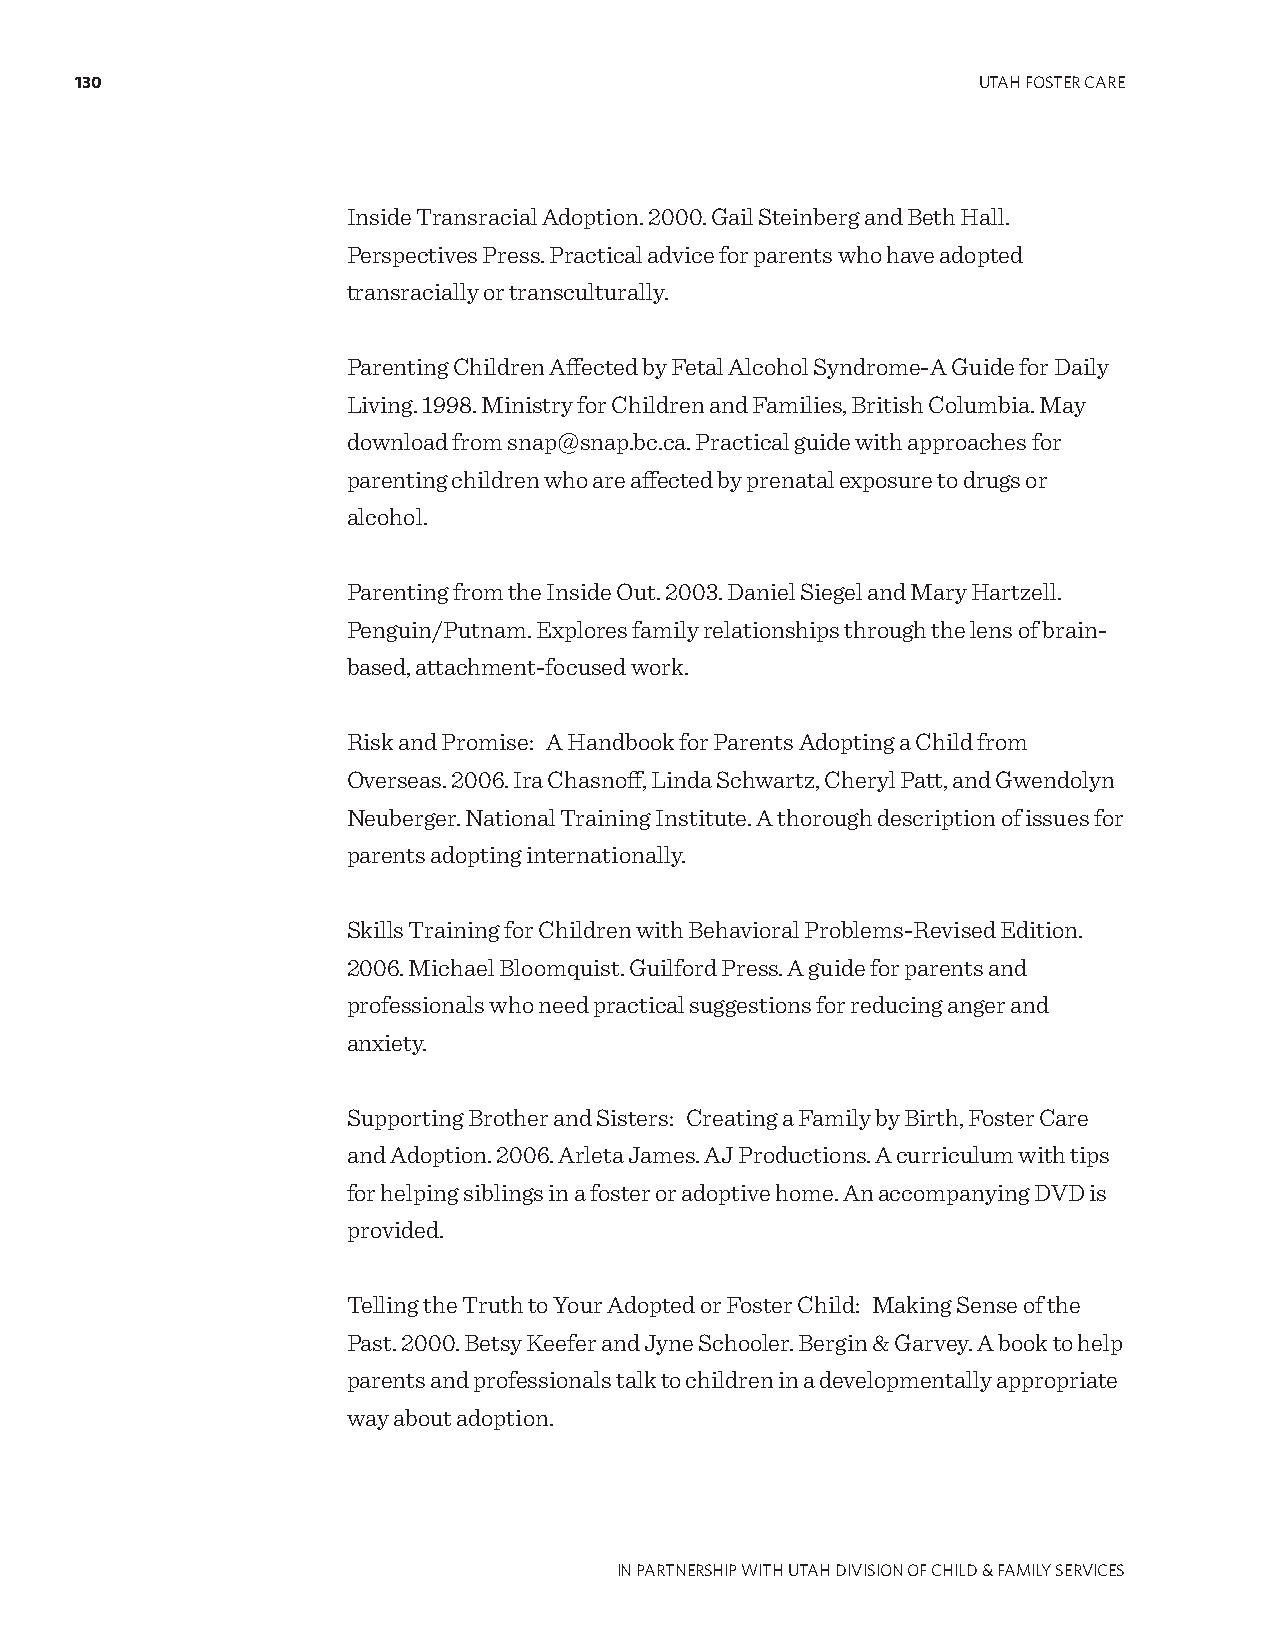
130                                                         UTAH FOSTER CARE
 Inside Transracial Adoption. 2000. Gail Steinberg and Beth Hall.
 Perspectives Press. Practical advice for parents who have adopted
 transracially or transculturally.
 Parenting Children Affected by Fetal Alcohol Syndrome-A Guide for Daily
 Living. 1998. Ministry for Children and Families, British Columbia. May
 download from snap@snap.bc.ca. Practical guide with approaches for
 parenting children who are affected by prenatal exposure to drugs or
 alcohol.
 Parenting from the Inside Out. 2003. Daniel Siegel and Mary Hartzell.
 Penguin/Putnam. Explores family relationships through the lens of brain-
 based, attachment-focused work.
 Risk and Promise: A Handbook for Parents Adopting a Child from
 Overseas. 2006. Ira Chasnoff, Linda Schwartz, Cheryl Patt, and Gwendolyn
 Neuberger. National Training Institute. A thorough description of issues for
 parents adopting internationally.
 Skills Training for Children with Behavioral Problems-Revised Edition.
 2006. Michael Bloomquist. Guilford Press. A guide for parents and
 professionals who need practical suggestions for reducing anger and
 anxiety.
 Supporting Brother and Sisters: Creating a Family by Birth, Foster Care
 and Adoption. 2006. Arleta James. AJ Productions. A curriculum with tips
 for helping siblings in a foster or adoptive home. An accompanying DVD is
 provided.
 Telling the Truth to Your Adopted or Foster Child: Making Sense of the
 Past. 2000. Betsy Keefer and Jyne Schooler. Bergin & Garvey. A book to help
 parents and professionals talk to children in a developmentally appropriate
 way about adoption.
 IN PARTNERSHIP WITH UTAH DIVISION OF CHILD & FAMILY SERVICES